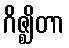
ဂိဇ္ဈိတာ